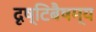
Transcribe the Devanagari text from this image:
दृष्टिबैषम्य